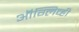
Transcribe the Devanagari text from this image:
ऑग्लिव्ही